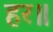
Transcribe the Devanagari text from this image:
हर॥